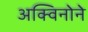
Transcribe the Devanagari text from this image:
अक्विनोने